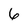
Character: 6